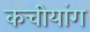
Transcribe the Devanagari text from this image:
कचीयांग